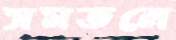
সমতলে